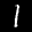
Label: 1